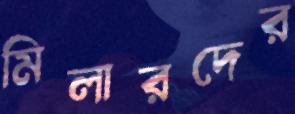
মিলারদের